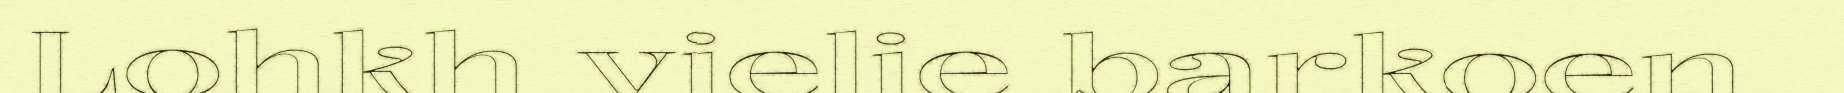
Lohkh vielie barkoen